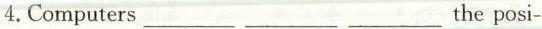
4.Computers ___ ___ ___ the posi-